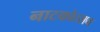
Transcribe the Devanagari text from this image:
नाटकोत्सव